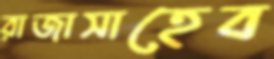
রাজাসাহেব